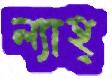
ল্যাহ্